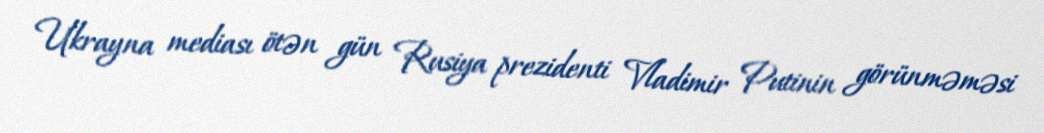
Ukrayna mediası ötən gün Rusiya prezidenti Vladimir Putinin görünməməsi